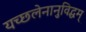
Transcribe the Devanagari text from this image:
यच्छलेनानुविद्धम्